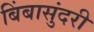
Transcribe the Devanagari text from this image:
बिंबासुंदरी